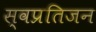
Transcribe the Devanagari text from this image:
स्वप्रतिजन